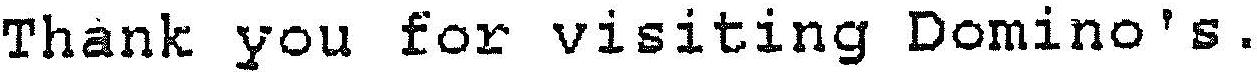
THANK YOU FOR VISITING DOMINO'S.